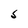
Character: S